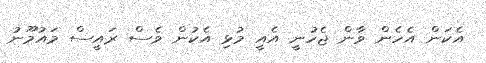
އެކަން އެހެން ވާން ޖެހުނީ އެއީ މުޅި އެކުން ވެސް ރައީސް މައުމޫނު